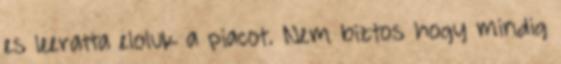
es leeratta eloluk a piacot. Nem biztos hogy mindig